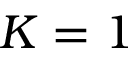
K = 1